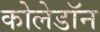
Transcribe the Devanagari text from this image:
कोलेडॉन